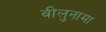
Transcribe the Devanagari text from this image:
वीलुनामा